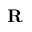
\mathbf { R }